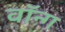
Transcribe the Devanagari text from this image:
वॉन्ग